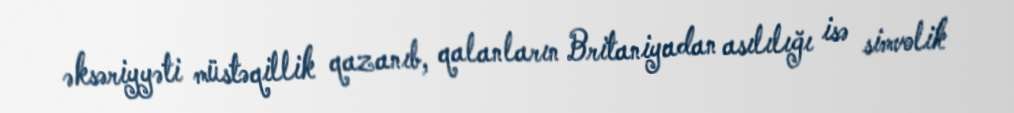
əksəriyyəti müstəqillik qazanıb, qalanların Britaniyadan asılılığı isə simvolik